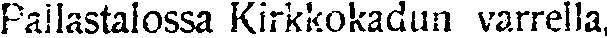
Pallastalossa Kirkkokadun varrella,